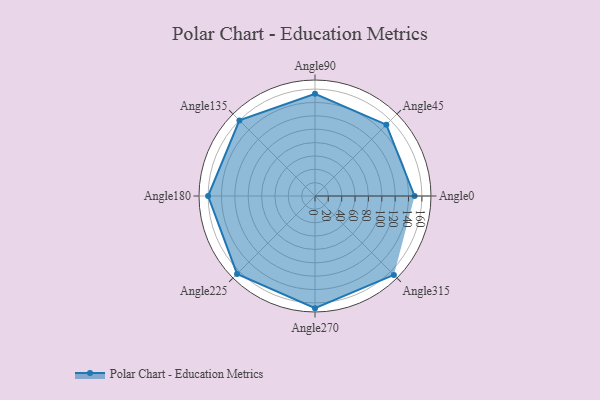
{"axis": {"x": "Angle", "y": "Radius"}, "legend": [""], "data": [{"x": "Angle0", "y": 149.0, "type": ""}, {"x": "Angle45", "y": 151.0, "type": ""}, {"x": "Angle90", "y": 153.0, "type": ""}, {"x": "Angle135", "y": 160.0, "type": ""}, {"x": "Angle180", "y": 160.0, "type": ""}, {"x": "Angle225", "y": 165.0, "type": ""}, {"x": "Angle270", "y": 168.0, "type": ""}, {"x": "Angle315", "y": 167.0, "type": ""}]}